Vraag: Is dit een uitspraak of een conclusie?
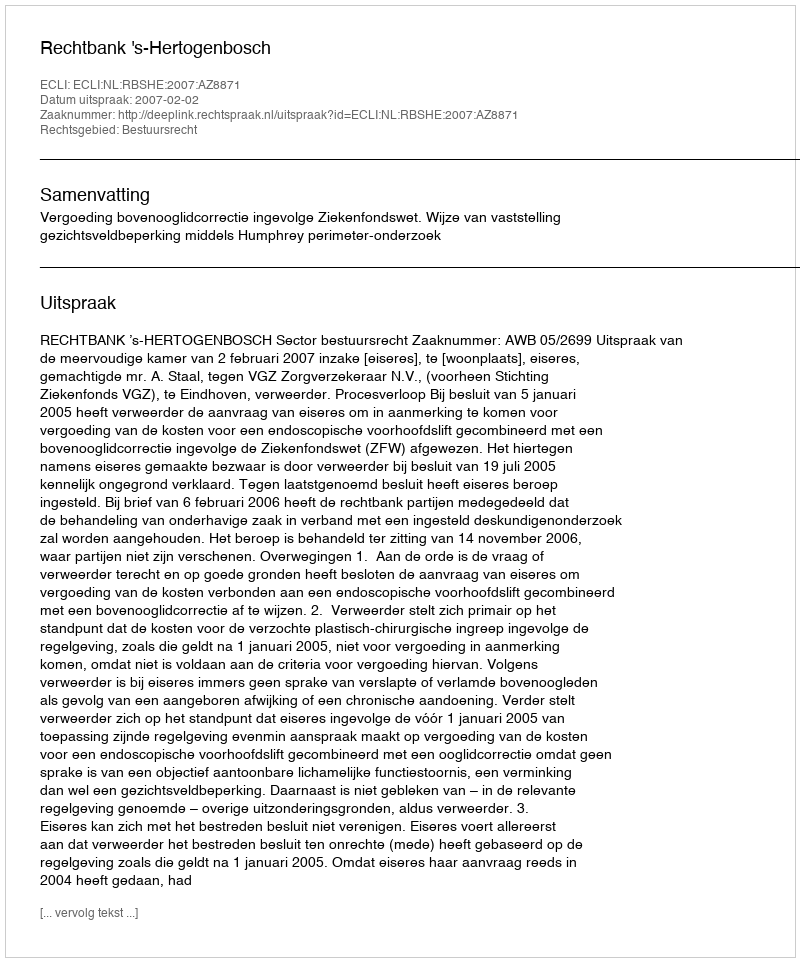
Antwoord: Uitspraak